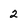
Character: 2